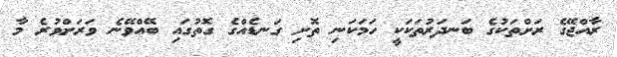
ރާއްޖޭގެ ރަށްތަކުގެ ބަނދަރުތަކަކީ ހަމަކަނި ތޮށި ގަނޑެއްގެ ގޮތުގައި ބޭއްވޭނެ ވަރަށްވުރެ މާ